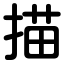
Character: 描